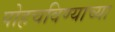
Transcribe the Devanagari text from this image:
पोहचविण्याच्या